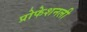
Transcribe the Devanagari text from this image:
प्रोफेशनली